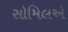
સોમિલએ